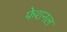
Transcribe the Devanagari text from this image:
फेशनल